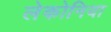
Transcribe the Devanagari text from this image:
लेकोनिया